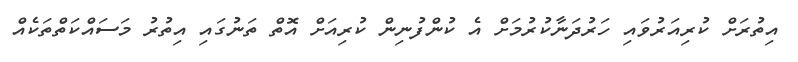
އިތުރަށް ކުރިއަރުވައި ހަރުދަނާކުރުމަށް އެ ކުންފުނިން ކުރިއަށް އޮތް ތަނުގައި އިތުރު މަސައްކަތްތަކެއް